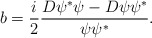
\begin{align*}b=\frac i2\frac{D\psi ^{*}\psi -D\psi \psi ^{*}}{\psi \psi ^{*}}.\end{align*}